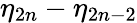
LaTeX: \eta_{2n}-\eta_{2n-2}